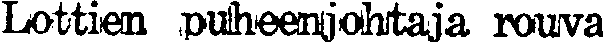
Lottien puheejohtaja rouva